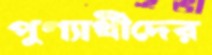
পুণ্যার্থীদের